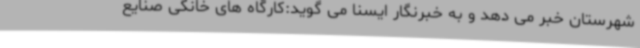
شهرستان خبر می دهد و به خبرنگار ایسنا می گوید:کارگاه های خانگی صنایع